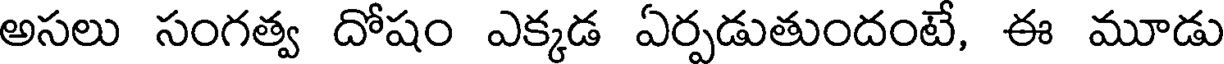
అసలు సంగత్వ దోషం ఎక్కడ ఏర్పడుతుందంటే, ఈ మూడు